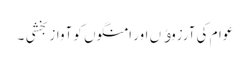
عوام کی آرزوﺅں اور امنگوں کو آواز بخشی ۔